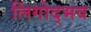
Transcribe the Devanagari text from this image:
लिंगोद्भव